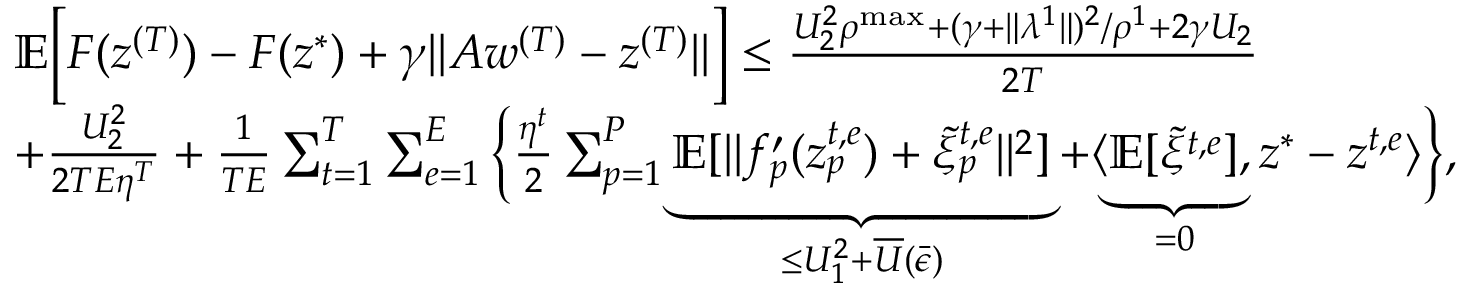
\begin{array} { r l } & { \mathbb { E } \Big [ F ( z ^ { ( T ) } ) - F ( z ^ { * } ) + \gamma \| A w ^ { ( T ) } - z ^ { ( T ) } \| \Big ] \leq \frac { U _ { 2 } ^ { 2 } \rho ^ { \mathrm { m a x } } + ( \gamma + \| \lambda ^ { 1 } \| ) ^ { 2 } / \rho ^ { 1 } + 2 \gamma U _ { 2 } } { 2 T } } \\ & { + \frac { U _ { 2 } ^ { 2 } } { 2 T E \eta ^ { T } } + \frac { 1 } { T E } \sum _ { t = 1 } ^ { T } \sum _ { e = 1 } ^ { E } \Big \{ \frac { \eta ^ { t } } { 2 } \sum _ { p = 1 } ^ { P } \underbrace { \mathbb { E } [ \| f _ { p } ^ { \prime } ( z _ { p } ^ { t , e } ) + \tilde { \xi } _ { p } ^ { t , e } \| ^ { 2 } ] } _ { \leq U _ { 1 } ^ { 2 } + \overline { { U } } ( \bar { \epsilon } ) } + \langle \underbrace { \mathbb { E } [ \tilde { \xi } ^ { t , e } ] } _ { = 0 } , z ^ { * } - z ^ { t , e } \rangle \Big \} , } \end{array}